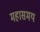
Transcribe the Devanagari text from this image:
महासमय